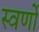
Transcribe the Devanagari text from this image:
स्वर्णों